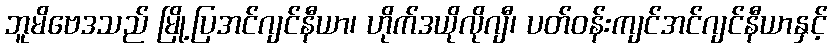
ဘူမိဗေဒသည် မြို့ပြအင်ဂျင်နီယာ၊ ဟိုက်ဒယိုလိုဂျီ၊ ပတ်ဝန်းကျင်အင်ဂျင်နီယာနှင့်